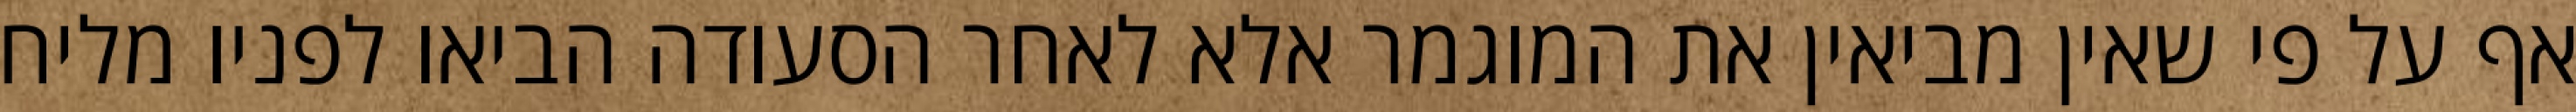
אף על פי שאין מביאין את המוגמר אלא לאחר הסעודה הביאו לפניו מליח